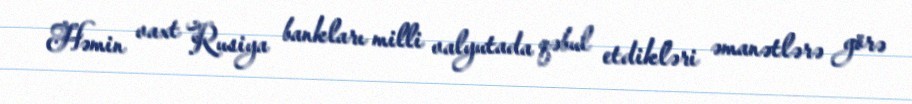
Həmin vaxt Rusiya bankları milli valyutada qəbul etdikləri əmanətlərə görə